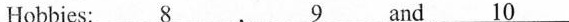
Hobbies: \underline{8} \underline{9} and \underline{10}